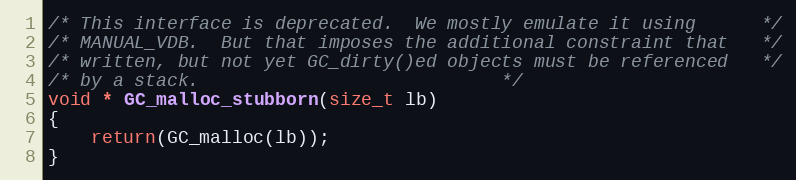
Language: C
/* This interface is deprecated.  We mostly emulate it using	  */
/* MANUAL_VDB.  But that imposes the additional constraint that	  */
/* written, but not yet GC_dirty()ed objects must be referenced	  */
/* by a stack.							  */
void * GC_malloc_stubborn(size_t lb)
{
    return(GC_malloc(lb));
}